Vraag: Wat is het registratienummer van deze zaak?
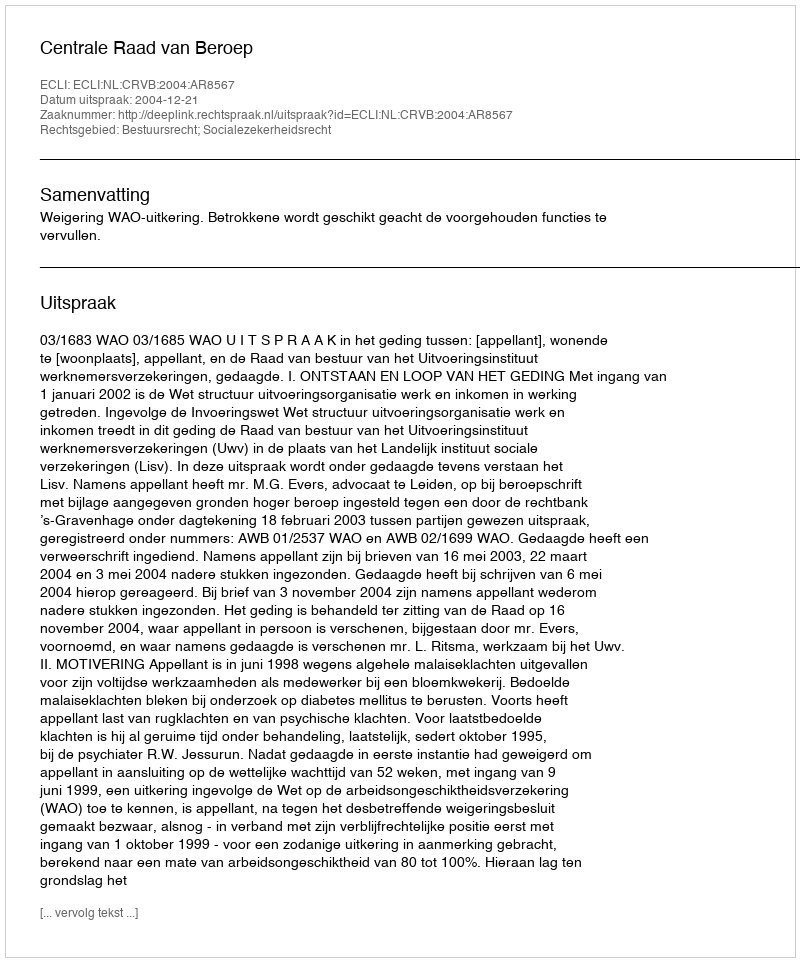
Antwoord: http://deeplink.rechtspraak.nl/uitspraak?id=ECLI:NL:CRVB:2004:AR8567